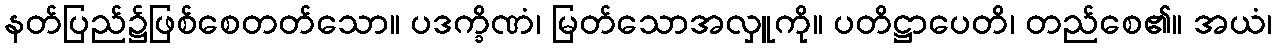
နတ်ပြည်၌ဖြစ်စေတတ်သော။ ပဒက္ခိဏံ၊ မြတ်သောအလှူကို။ ပတိဋ္ဌာပေတိ၊ တည်စေ၏။ အယံ၊